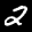
Label: 2